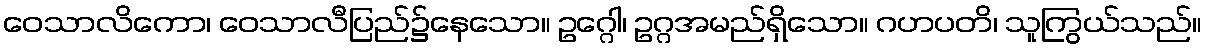
ဝေသာလိကော၊ ဝေသာလီပြည်၌နေသော။ ဥဂ္ဂေါ၊ ဥဂ္ဂအမည်ရှိသော။ ဂဟပတိ၊ သူကြွယ်သည်။